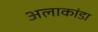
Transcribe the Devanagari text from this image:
अलाकांडा